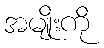
အမျိုးကို